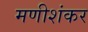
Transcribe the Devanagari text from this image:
मणीशंकर